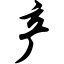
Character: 产